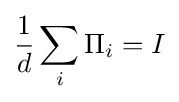
{\frac {1}{d}}\sum _{i}\Pi _{i}=I